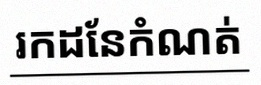
រកដែនកំណត់